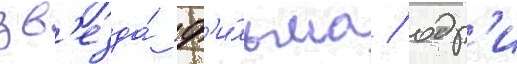
зв'езда́ ф'и́льма / одр'и